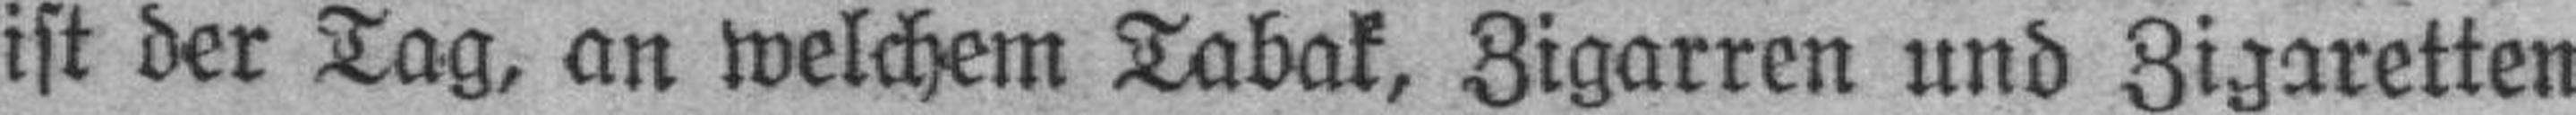
ist der Tag, an welchem Tabak, Zigarren und Zigaretten